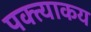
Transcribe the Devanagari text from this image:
पक्त्याकय